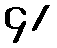
၄/